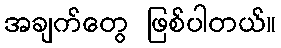
အချက်တွေ ဖြစ်ပါတယ်။